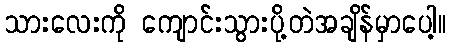
သားလေးကို ကျောင်းသွားပို့တဲအချိန်မှာပေါ့။